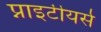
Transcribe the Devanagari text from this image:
प्नाइटीयर्स